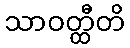
သာဝတ္ထီတိ